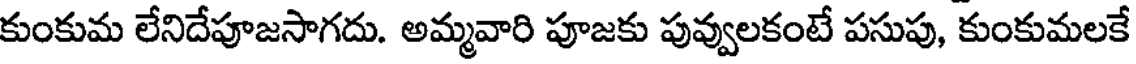
కుంకుమ లేనిదేపూజసాగదు. అమ్మవారి పూజకు పువ్వులకంటే పసుపు, కుంకుమలకే